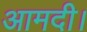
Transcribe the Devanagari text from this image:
आमदी।